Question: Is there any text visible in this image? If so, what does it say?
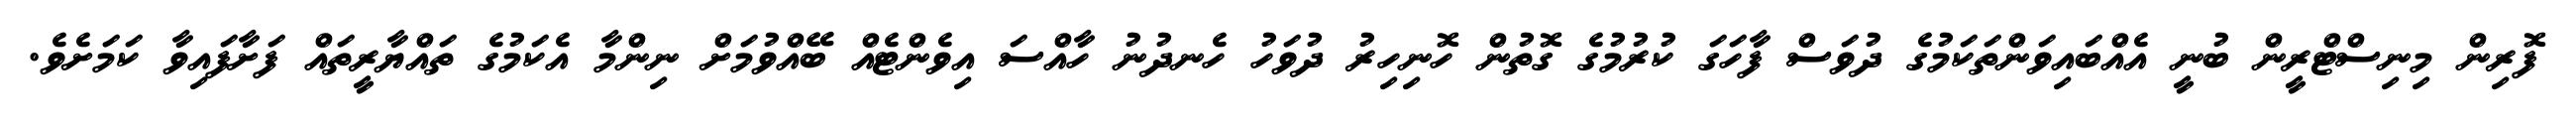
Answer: ފޮރިން މިނިސްޓްރީން ބުނީ އެއްބައިވަންތަކަމުގެ ދުވަސް ފާހަގަ ކުރުމުގެ ގޮތުން ހޮނިހިރު ދުވަހު ހެނދުނު ހާއްސަ އިވެންޓެއް ބޭއްވުމަށް ނިންމާ އެކަމުގެ ތައްޔާރީތައް ފަށާފައިވާ ކަމަށެވެ.